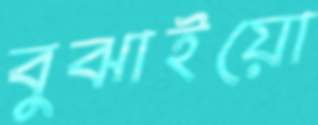
বুঝাইয়ো